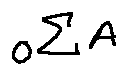
o ^ { \sum A }